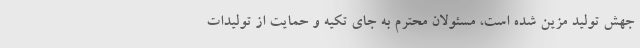
جهش تولید مزین شده است، مسئولان محترم به جای تکیه و حمایت از تولیدات